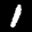
Label: 1